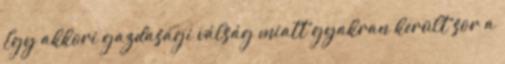
Egy akkori gazdasági válság miatt gyakran került sor a